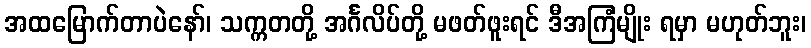
အထမြောက်တာပဲနော်၊ သက္ကတတို့ အင်္ဂလိပ်တို့ မဖတ်ဖူးရင် ဒီအကြံမျိုး ရမှာ မဟုတ်ဘူး၊